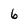
Character: 6